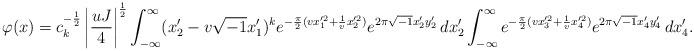
LaTeX: \begin{align*} \varphi(x) = c_k^{-\frac{1}{2}} \left| \frac{uJ}{4} \right|^{\frac{1}{2}} \int_{-\infty}^\infty (x_2' - v \sqrt{-1} x_1')^k e^{- \frac{\pi}{2}(v x_1'^2 + \frac{1}{v} x_2'^2)} e^{2 \pi \sqrt{-1} x_2'y_2'} \, dx_2' \int_{-\infty}^\infty e^{- \frac{\pi}{2}(v x_3'^2 + \frac{1}{v} x_4'^2)} e^{2 \pi \sqrt{-1} x_4'y_4'} \, dx_4'.\end{align*}